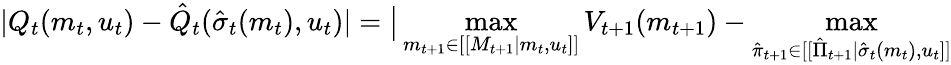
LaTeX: |Q_{t}(m_{t},u_{t})-\hat{Q}_{t}(\hat{\sigma}_{t}(m_{t}),u_{t})|=\big|\operatorname*{max}_{m_{t+1}\in[[M_{t+1}|m_{t},u_{t}]]}V_{t+1}(m_{t+1})-\operatorname*{max}_{\hat{\pi}_{t+1}\in[[\hat{\Pi}_{t+1}|\hat{\sigma}_{t}(m_{t}),u_{t}]]}